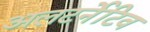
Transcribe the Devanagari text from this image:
अलटर्नेटिव